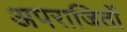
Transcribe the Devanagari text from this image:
अपराजितों